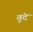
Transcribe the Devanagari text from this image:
तुंद